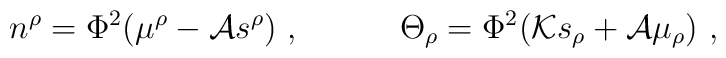
n^\rho=\Phi^2\big(\mu^\rho -{\cal A} s^\rho\big)\  ,\qquad\quad\Theta_\rho=\Phi^2\big( {\cal K}s_\rho + {\cal A} \mu_\rho\big) \  ,